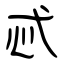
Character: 忒